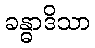
ခန္ဓာဒိသာ